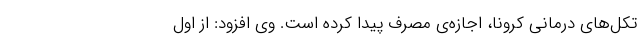
تکل‌های درمانی کرونا، اجازه‌ی مصرف پیدا کرده است. وی افزود: از اول